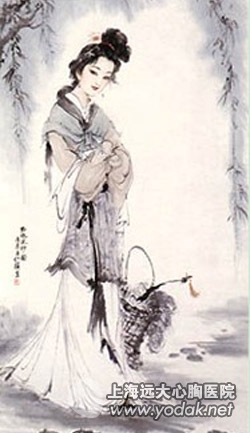
何时更杯酒，再得论心胸。